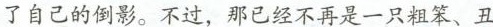
了自己的倒影。不过，那已经不再是一只粗笨、丑